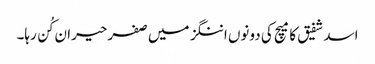
اسد شفیق کا میچ کی دونوں اننگز میں صفر حیران کُن رہا۔